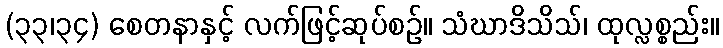
(၃၃၊၃၄) စေတနာနှင့် လက်ဖြင့်ဆုပ်စဉ်။ သံဃာဒိသိသ်၊ ထုလ္လစ္စည်း။